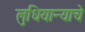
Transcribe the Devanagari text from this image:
लुधियान्याचे